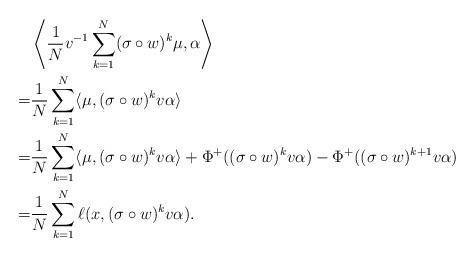
LaTeX: \begin{align*}&\left\langle \frac 1Nv^{-1}\sum_{k=1}^N(\sigma\circ w)^k\mu,\alpha\right\rangle\\=&\frac 1N\sum_{k=1}^N \langle \mu,(\sigma\circ w)^k v\alpha\rangle\\=&\frac 1N\sum_{k=1}^N \langle \mu,(\sigma\circ w)^k v\alpha\rangle + \Phi^+((\sigma\circ w)^k v\alpha) - \Phi^+((\sigma\circ w)^{k+1} v\alpha)\\=&\frac 1N\sum_{k=1}^N \ell(x,(\sigma\circ w)^kv\alpha).\end{align*}